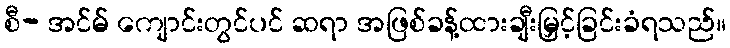
စီ- အင်မ် ကျောင်းတွင်ပင် ဆရာ အဖြစ်ခန့်ထားချီးမြှင့်ခြင်းခံရသည်။